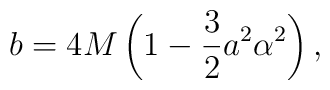
b=4M\left(1-\frac{3}{2}a^2\alpha^2\right),